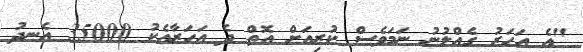
"އެ އަހަރު ގެއްލުނު ނަމަވެސް ކުރިއަށް އޮތް ދެ އަހަރާއެކު 35000 އެނދު